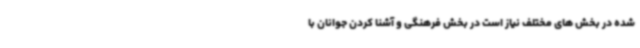
شده در بخش های مختلف نیاز است در بخش فرهنگی و آشنا کردن جوانان با